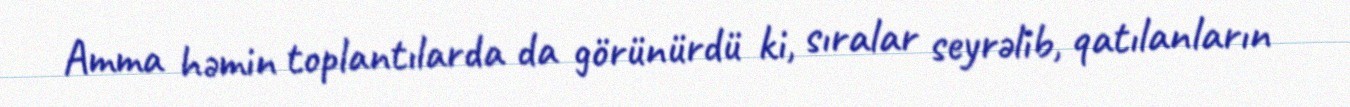
Amma həmin toplantılarda da görünürdü ki, sıralar seyrəlib, qatılanların